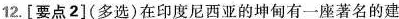
12.[要点2]（多选）在印度尼西亚的坤甸有一座著名的建